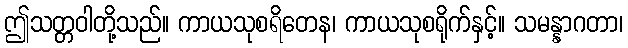
ဤသတ္တဝါတို့သည်။ ကာယသုစရိတေန၊ ကာယသုစရိုက်နှင့်။ သမန္နာဂတာ၊